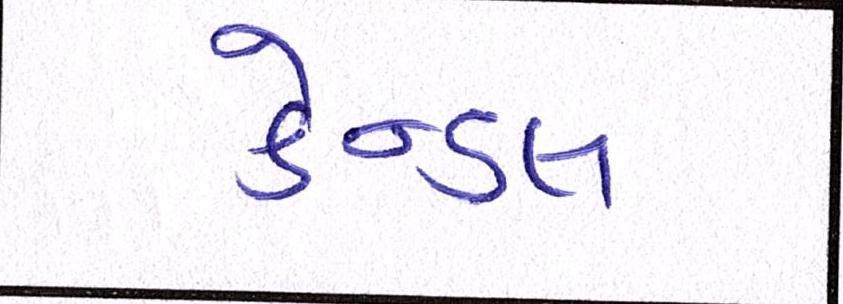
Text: કેન્ડલ